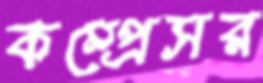
কম্প্রেসর